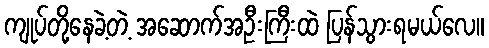
ကျုပ်တို့နေခဲ့တဲ့ အဆောက်အဦးကြီးထဲ ပြန်သွားရမယ်လေ။